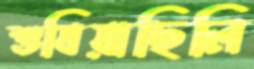
শুষিয়াছিলি